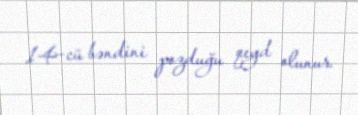
14-cü bəndini pozduğu qeyd olunur.